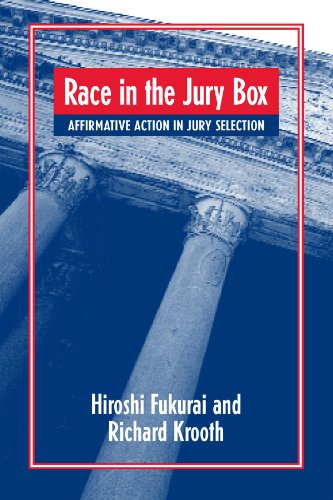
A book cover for Race in the Jury Box: Affirmative Action in Jury Selection (Suny Series in New Directions in Crime and Justice Studies); Hiroshi Fukurai; Law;